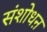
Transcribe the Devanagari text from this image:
संशोधऩ